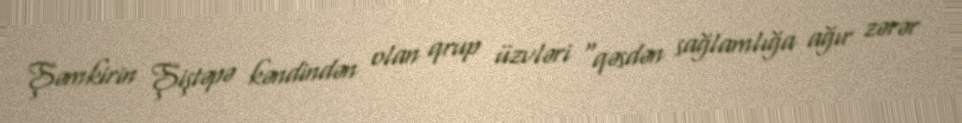
Şəmkirin Şiştəpə kəndindən olan qrup üzvləri “qəsdən sağlamlığa ağır zərər